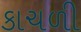
કાચળી